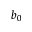
b _ { 0 }